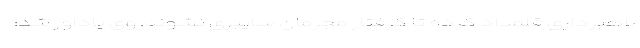
لاهبرداری قلمداد کرده تا گرفتار مجرمان سایبری نشوند. وی یاداور شد: